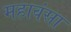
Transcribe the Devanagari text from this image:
महावंसा